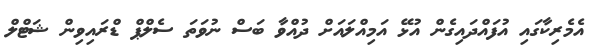
އެމެރިކާގައި އުފައްދައިގެން އުޅޭ އަމިއްލައަށް ދުއްވާ ބަސް ނުވަތަ ސެލްޕް ޑްރައިވިން ޝަޓްލް